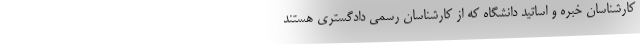
کارشناسان خبره و اساتید دانشگاه که از کارشناسان رسمی دادگستری هستند